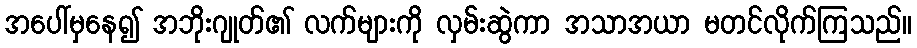
အပေါ်မှနေ၍ အဘိုးဂျုတ်၏ လက်များကို လှမ်းဆွဲကာ အသာအယာ မတင်လိုက်ကြသည်။